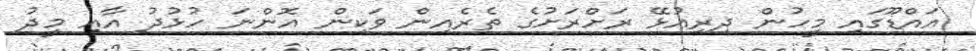
އައްޑޫގައި މީހުން ދިރިއުޅޭ ރަށްރަށުގެ ތެރެއިން ވަކިން އޮންނަ ހުޅުދު އާއި މީދު